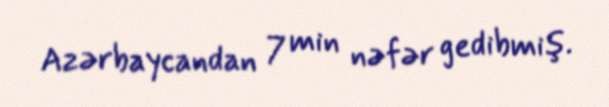
Azərbaycandan 7 min nəfər gedibmiş.